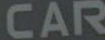
CAR